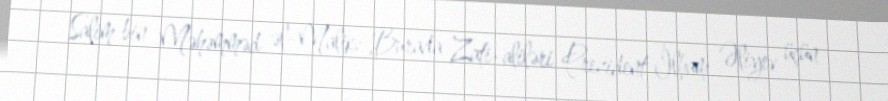
Salim bin Məhəmməd əl-Malik: Burada Zati-aliləri Prezident İlham Əliyev üçün